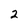
Character: 2